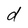
Character: d